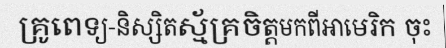
គ្រូពេទ្យ-និស្សិតស្ម័គ្រចិត្តមកពីអាមេរិក ចុះ